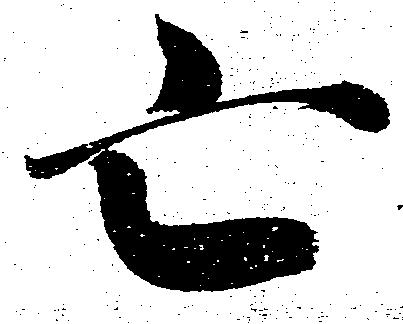
亡